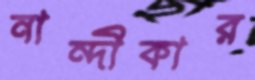
নান্দীকার